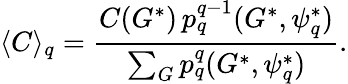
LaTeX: \langle C\rangle_{q}=\frac{C(G^{*})\, p_{q}^{q-1}(G^{*},\psi_{q}^{*})}{\sum_{G}p_{q}^{q}(G^{*},\psi_{q}^{*})}.